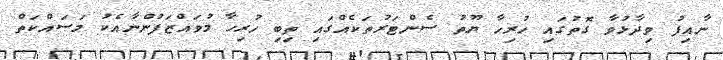
ނާއިފު ވިދާޅުވާ ގޮތުގައި ހުރިހާ ޔޫތު ސެންޓަރުތަކެއްގައި ތިބި ހުރިހާ މުވައްޒަފުންނާއެކު މަސައްކަތް